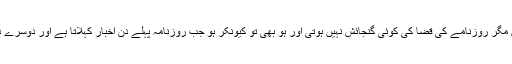
روزے آپ قضاکر سکتےہیں مگر روزنامے کی قضا کی کوئی گنجائش نہیں ہوتی اور ہو بھی تو کیونکر ہو جب روزنامہ پہلے دن اخبار کہلاتا ہے اور دوسرے دن سے ردی شمار ہوتا ہے ۔